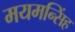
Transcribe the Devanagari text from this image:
मयमन्सिंह